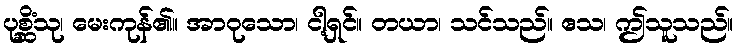
ပုစ္ဆိံသု၊ မေးကုန်၏။ အာဝုသော၊ ငါ့ရှင်။ တယာ၊ သင်သည်။ ဧသ၊ ဤသူသည်။